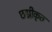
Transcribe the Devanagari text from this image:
छद्मीकृत